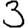
Digit: 3